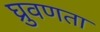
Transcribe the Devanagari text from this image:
घ्रुवणता